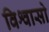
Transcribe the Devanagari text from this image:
विश्वासो